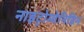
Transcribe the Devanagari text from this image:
नाइट्रोग्वेनिडिन